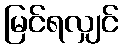
မြင်ရလျှင်